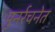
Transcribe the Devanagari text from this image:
पुनर्रचनेत